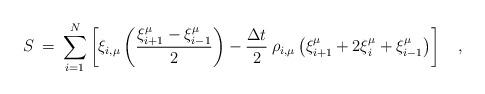
LaTeX: \begin{align*}S \> = \>\sum_{i=1}^{N}\left [ \xi_{i,\mu}\left ( \frac{\xi_{i+1}^\mu-\xi_{i-1}^\mu}{2} \right) -{\Delta t \over 2}\>\rho_{i,\mu} \left(\xi_{i+1}^\mu+2\xi_i^\mu+\xi_{i-1}^\mu \right) \right ] \quad,\end{align*}